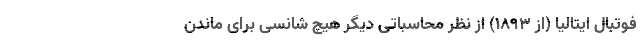
فوتبال ایتالیا (از 1893) از نظر محاسباتی دیگر هیچ شانسی برای ماندن